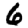
Digit: 6